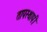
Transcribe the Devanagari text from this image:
तापस्थापी